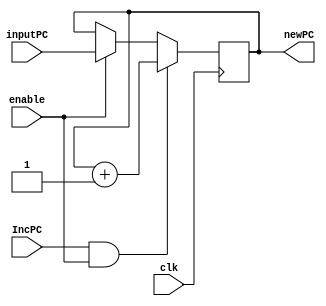
module IncPC_32_bit #(parameter qInitial = 0)(
	input clk, IncPC, enable,
	input [31:0] inputPC,
	output reg[31:0] newPC
	);
	
initial newPC = qInitial;
	
always @ (posedge clk)
	begin
		if(IncPC == 1 && enable ==1)
			newPC <= newPC + 1;
		else if (enable == 1)
			newPC <= inputPC;
	end
				
endmodule